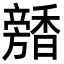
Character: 𩡕